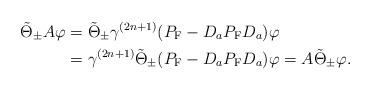
LaTeX: \begin{align*}\tilde{\Theta}_\pm A\varphi&=\tilde{\Theta}_\pm \gamma^{(2n+1)}(P_{\rm F}-D_aP_{\rm F}D_a)\varphi\\&=\gamma^{(2n+1)}\tilde{\Theta}_\pm (P_{\rm F}-D_aP_{\rm F}D_a)\varphi=A\tilde{\Theta}_\pm \varphi.\end{align*}